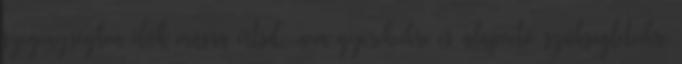
szegénységben élők másra értsd: nem gyerekeikre és alapvető szükségleteikre